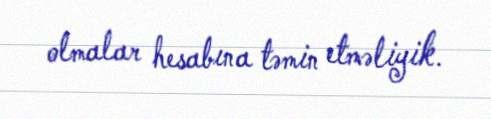
olmalar hesabına təmin etməliyik.